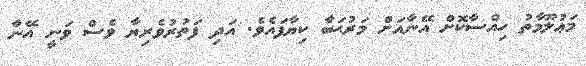
މަޢުލޫމާތު ހިއްސާކޮށް އޭނާއަށް މަރުޙަބާ ކިޔާފައެވެ. އަދި ފަތުރުވެރިޔާ ވެސް ވަނީ އޭނާ